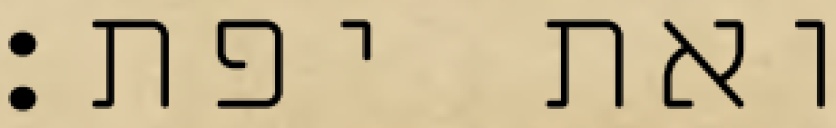
ואת יפת׃